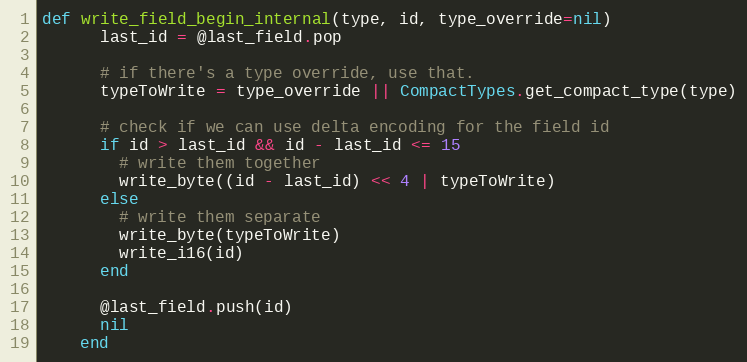
Language: Ruby
def write_field_begin_internal(type, id, type_override=nil)
      last_id = @last_field.pop

      # if there's a type override, use that.
      typeToWrite = type_override || CompactTypes.get_compact_type(type)

      # check if we can use delta encoding for the field id
      if id > last_id && id - last_id <= 15
        # write them together
        write_byte((id - last_id) << 4 | typeToWrite)
      else
        # write them separate
        write_byte(typeToWrite)
        write_i16(id)
      end

      @last_field.push(id)
      nil
    end